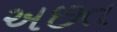
અછત